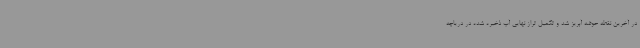
در آخرین نقطه حوضه آبریز شد و تکمیل تراز نهایی آب ذخیره شده در دریاچه